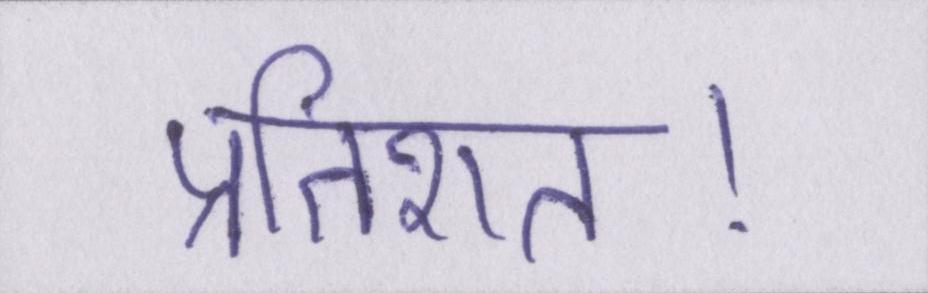
प्रतिशत।